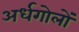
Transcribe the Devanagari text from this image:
अर्धगोलों